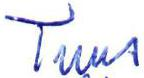
Tuus